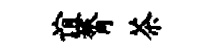
谊膂茶